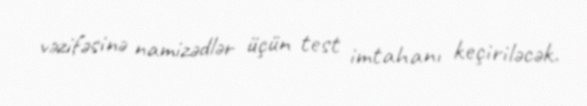
vəzifəsinə namizədlər üçün test imtahanı keçiriləcək.